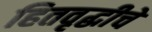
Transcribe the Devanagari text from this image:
हितवृद्धीचे